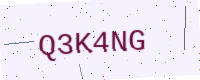
Text: Q3K4NG